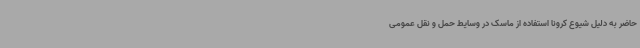
حاضر به دلیل شیوع کرونا استفاده از ماسک در وسایط حمل و نقل عمومی